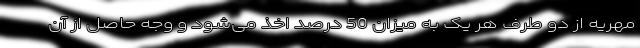
مهریه از دو طرف هر یک به میزان 50 درصد اخذ می‌شود و وجه حاصل از آن